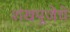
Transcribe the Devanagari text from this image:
शंखपूजेचे